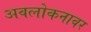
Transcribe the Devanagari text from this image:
अवलोकनावर